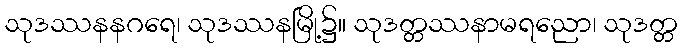
သုဒဿနနဂရေ၊ သုဒဿနမြို့၌။ သုဒတ္တဿနာမရညော၊ သုဒတ္တ